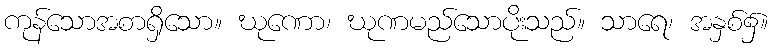
ကုန်သောအစာရှိသော။ ဃုဏော၊ ဃုဏမည်သောပိုးသည်။ သာရေ၊ အနှစ်၌။